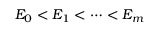
E _ { 0 } < E _ { 1 } < \cdots < E _ { m }